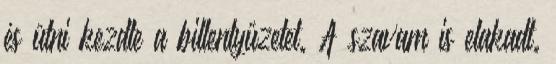
és ütni kezdte a billentyűzetet. A szavam is elakadt.